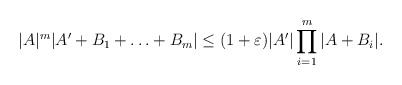
\begin{align*}|A|^m|A'+B_1+\ldots +B_m| \le (1+\varepsilon)|A'| \prod_{i=1}^m|A + B_i|.\end{align*}